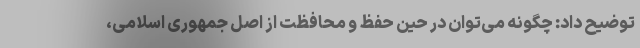
توضیح داد: چگونه می‌توان در حین حفظ و محافظت از اصل جمهوری اسلامی،